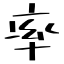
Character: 率